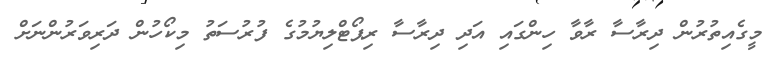
މީގެއިތުރުން ދިރާސާ ރާވާ ހިންގައި އަދި ދިރާސާ ރިޕޯޓްލިޔުމުގެ ފުރުސަތު މިކޯހުން ދަރިވަރުންނަށް